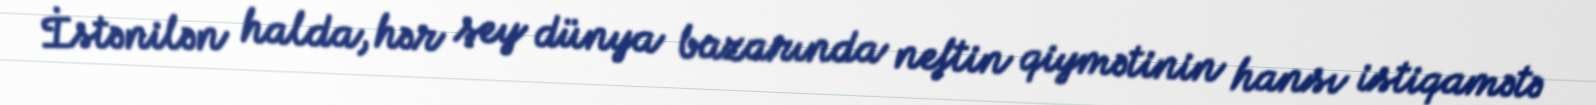
İstənilən halda, hər şey dünya bazarında neftin qiymətinin hansı istiqamətə